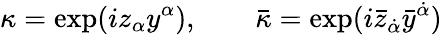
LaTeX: \kappa=\exp(iz_{\alpha}y^{\alpha}),\qquad\bar{\kappa}=\exp(i\bar{z}_{\dot{\alpha}}\bar{y}^{\dot{\alpha}})